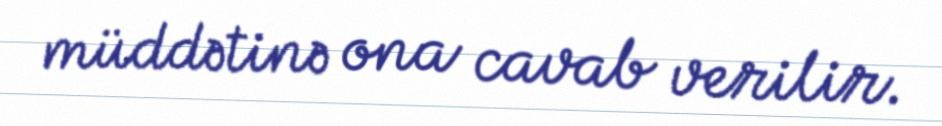
müddətinə ona cavab verilir.